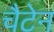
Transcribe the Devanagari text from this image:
चैटेन